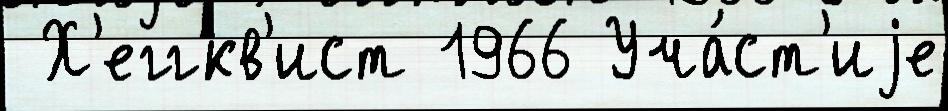
 Х'еггкв'ист 1966 Уча́ст'иjе